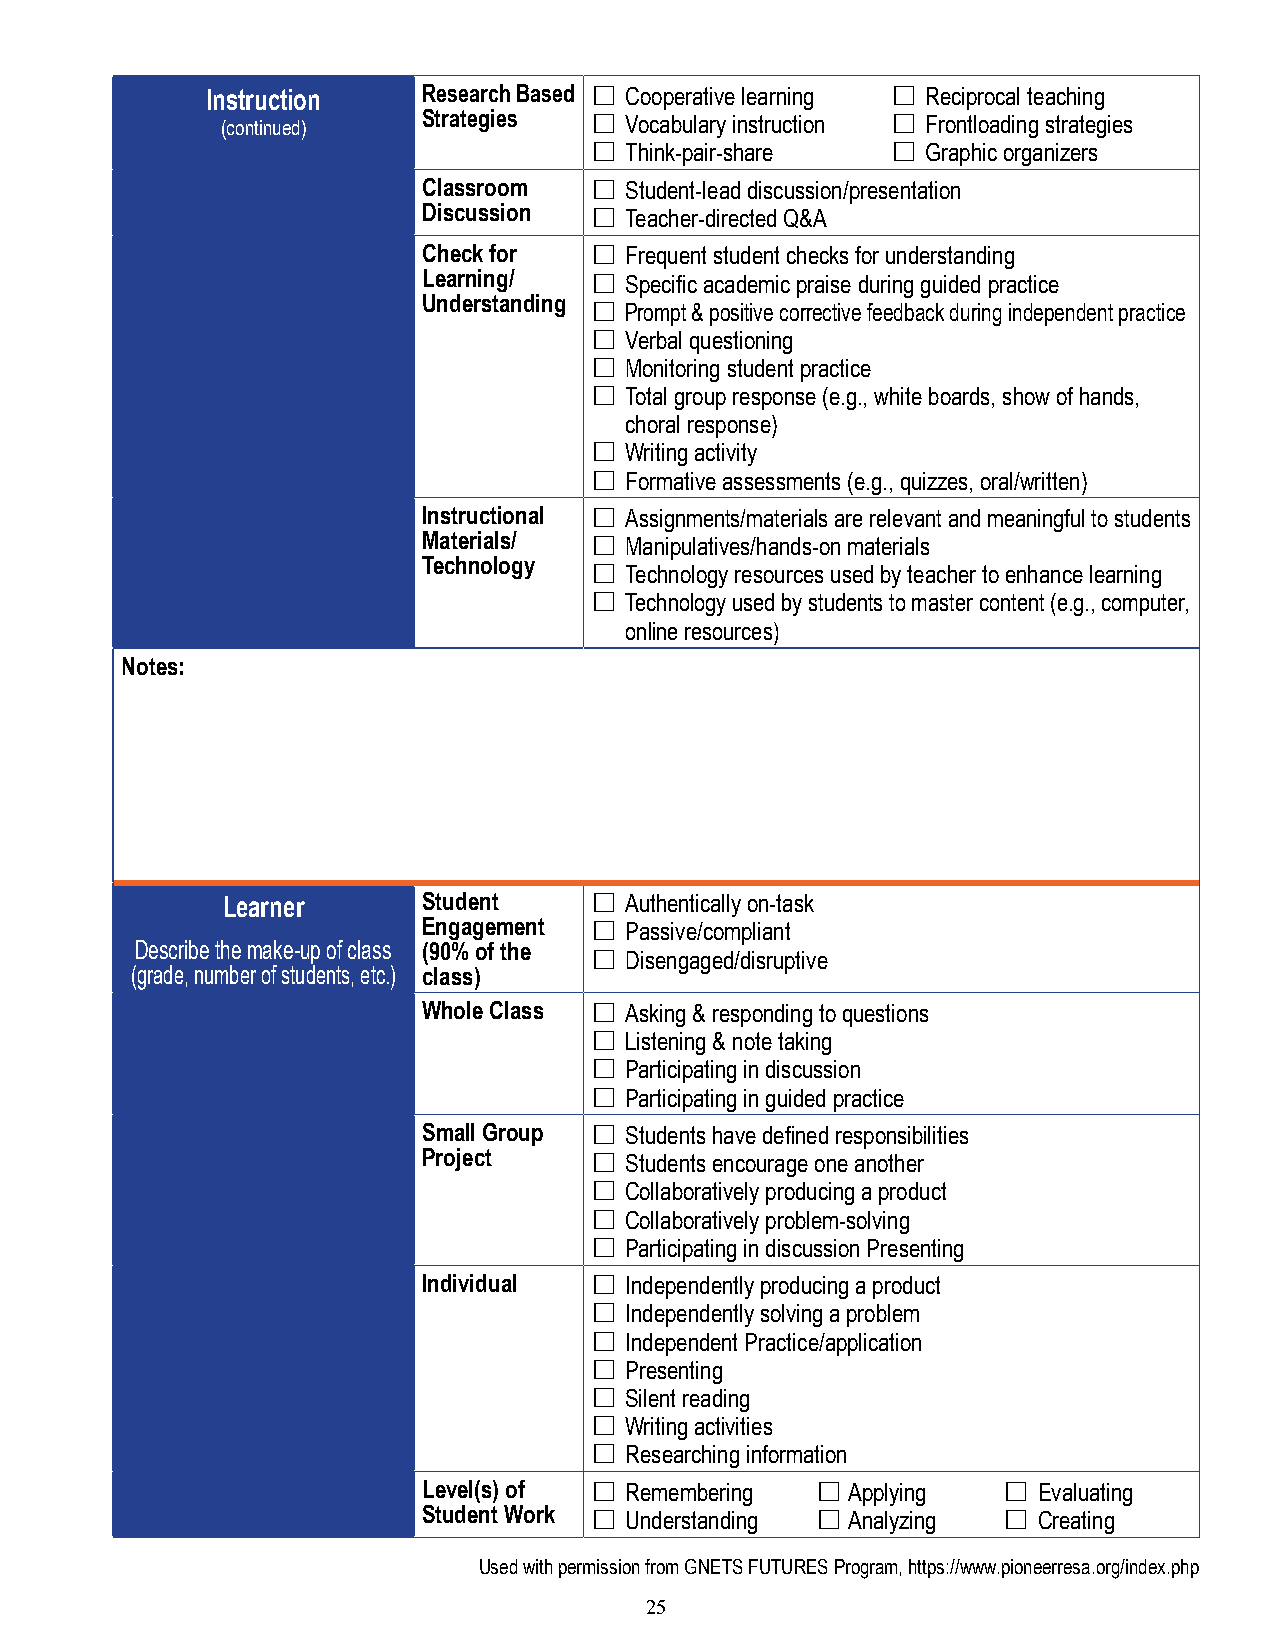
Instruction   Research Based £ Cooperative learning £ Reciprocal teaching
 (continued)  Strategies £ Vocabulary instruction £ Frontloading strategies
 £ Think-pair-share  £ Graphic organizers
 Classroom  £ Student-lead discussion/presentation
 Discussion £ Teacher-directed Q&A
 Check for  £ Frequent student checks for understanding
 Learning/  £ Specific academic praise during guided practice
 Understanding £ P rompt & positive corrective feedback during independent practice
 £ Verbal questioning
 £ Monitoring student practice
 £ Total group response (e.g., white boards, show of hands,
 choral response)
 £ Writing activity
 £ Formative assessments (e.g., quizzes, oral/written)
 Instructional £ Assignments/materials are relevant and meaningful to students
 Materials/ £ Manipulatives/hands-on materials
 Technology £ Technology resources used by teacher to enhance learning
 £ T echnology used by students to master content (e.g., computer,
 online resources)
 Notes:
 Learner      Student    £ Authentically on-task
 Engagement £ Passive/compliant
 Describe the make-up of class (90% of the £ Disengaged/disruptive
 (grade, number of students, etc.) class)
 Whole Class £ Asking & responding to questions
 £ Listening & note taking
 £ Participating in discussion
 £ Participating in guided practice
 Small Group £ Students have defined responsibilities
 Project    £ Students encourage one another
 £ Collaboratively producing a product
 £ Collaboratively problem-solving
 £ Participating in discussion Presenting
 Individual £ Independently producing a product
 £ Independently solving a problem
 £ Independent Practice/application
 £ Presenting
 £ Silent reading
 £ Writing activities
 £ Researching information
 Level(s) of £ Remembering £ Applying  £  Evaluating
 Student Work £ Understanding £ Analyzing £ Creating
 Used with permission from GNETS FUTURES Program, https://www.pioneerresa.org/index.php
 25